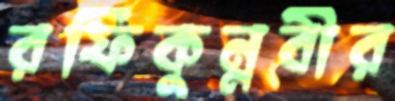
রফিকুন্নবীর